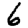
Digit: 6